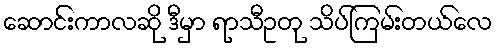
ဆောင်းကာလဆို ဒီမှာ ရာသီဥတု သိပ်ကြမ်းတယ်လေ